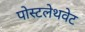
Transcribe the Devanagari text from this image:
पोस्टलेथवेट